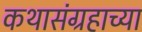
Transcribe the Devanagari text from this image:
कथासंग्रहाच्या